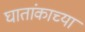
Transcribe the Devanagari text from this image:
घातांकाच्या